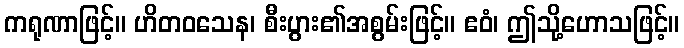
ကရုဏာဖြင့်။ ဟိတဝသေန၊ စီးပွား၏အစွမ်းဖြင့်။ ဧဝံ၊ ဤသို့ဟောသဖြင့်။